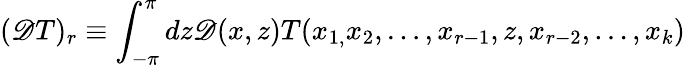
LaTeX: (\mathscr{D}T)_{r}\equiv\int_{-\pi}^{\pi}dz\mathscr{D}(x,z)T(x_{1,}x_{2},\ldots,x_{r-1},z,x_{r-2},\ldots,x_{k})